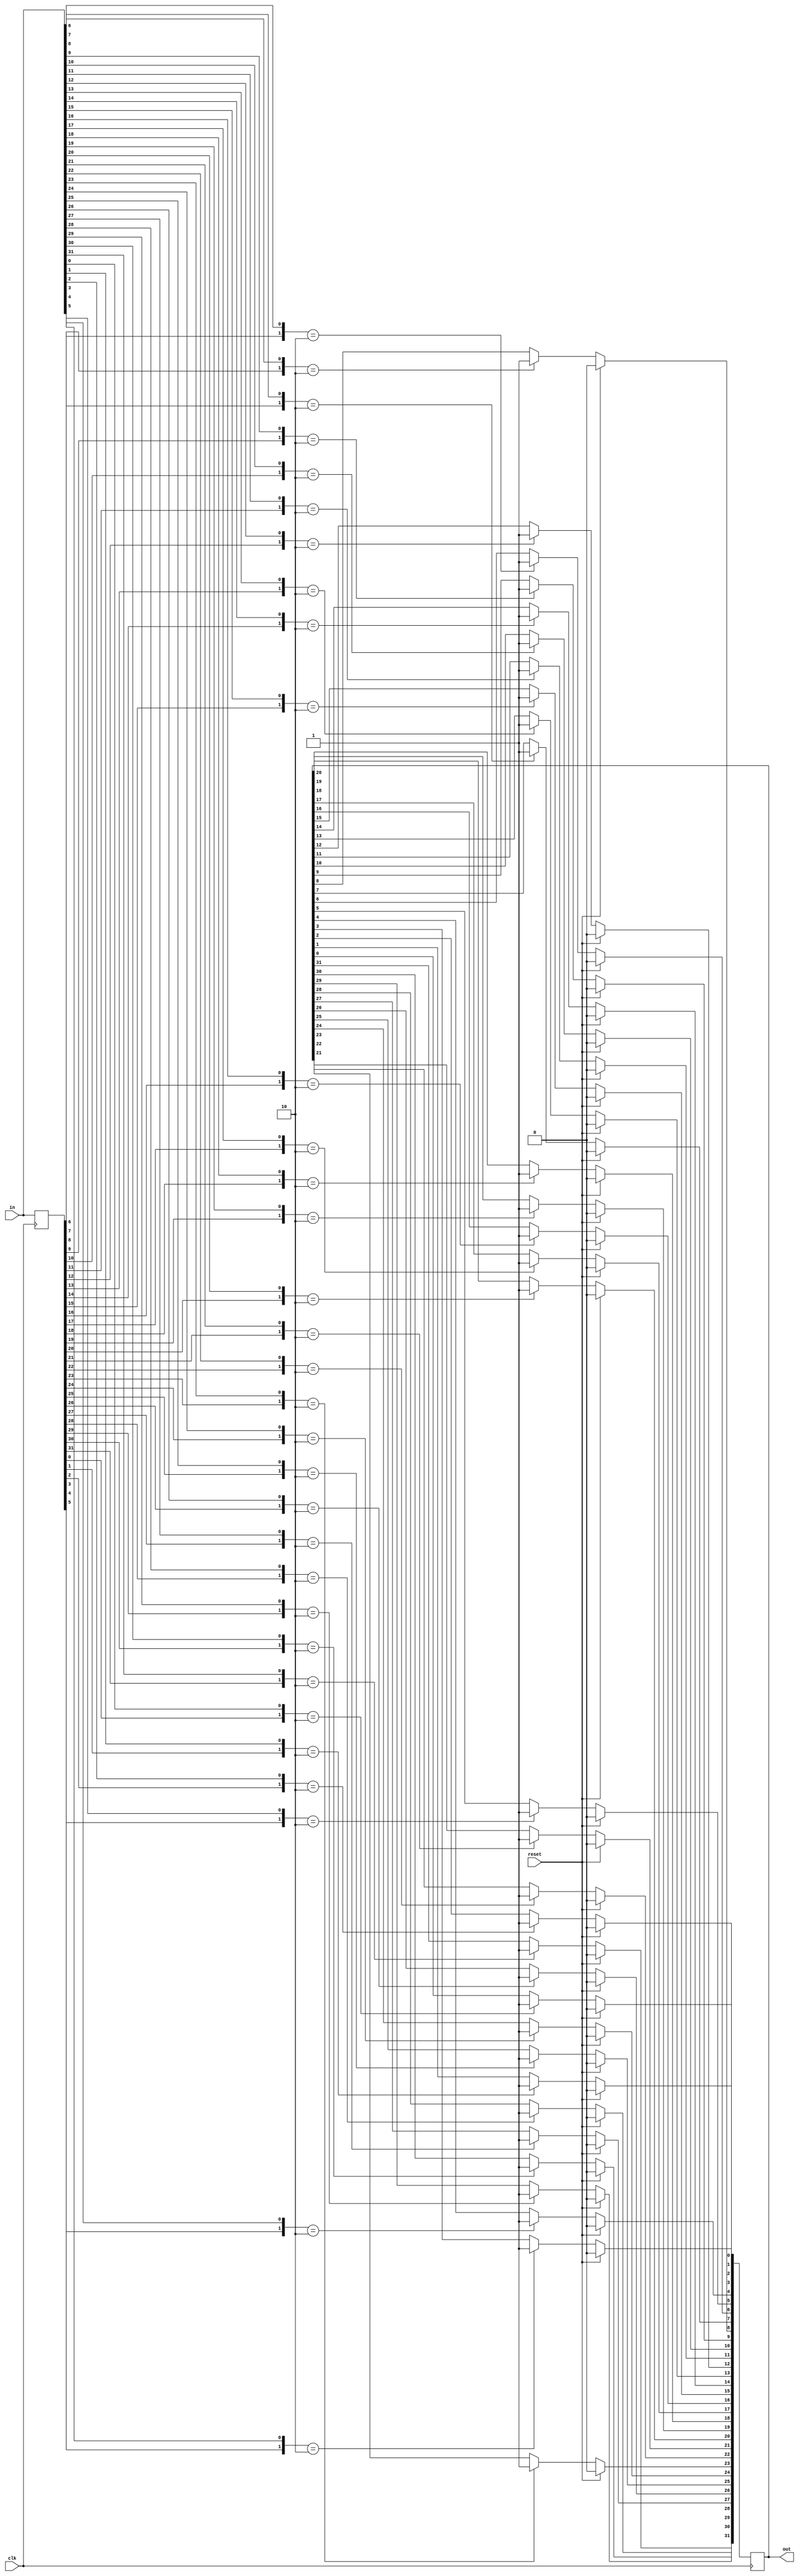
module top_module (
    input clk,
    input reset,
    input [31:0] in,
    output [31:0] out
);

    reg [31:0] buff_0;
    
    always @(posedge clk)begin
       buff_0 <= in; 
    end
    
    integer i;
    
    always @(posedge clk)begin
        for(i=0; i<$bits(in); i++)begin
            if(reset)
                out[i] <= 'b0;
            else if({buff_0[i], in[i]} == 2'b10)
                out[i] <= 'b1;
            else
                out[i] <= out[i];
        end
    end
    
endmodule